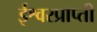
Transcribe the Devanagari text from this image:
ईश्वरप्राप्‍ती